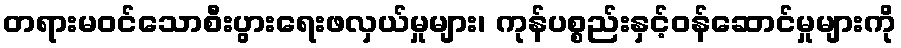
တရားမဝင်သောစီးပွားရေးဖလှယ်မှုများ၊ ကုန်ပစ္စည်းနှင့်ဝန်ဆောင်မှုများကို